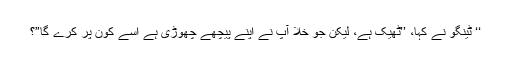
‘‘ ٹینگو نے کہا، ’’ٹھیک ہے، لیکن جو خلا آپ نے اپنے پیچھے چھوڑی ہے اسے کون پر کرے گا”؟